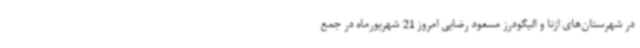
در شهرستان‌های ازنا و الیگودرز مسعود رضایی امروز 21 شهریورماه در جمع